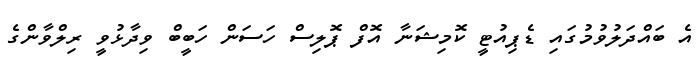
އެ ބައްދަލުވުމުގައި ޑެޕިއުޓީ ކޮމިޝަނާ އޮފް ޕޮލިސް ހަސަން ހަބީބް ވިދާޅުވީ ރިލްވާންގެ